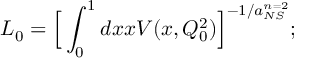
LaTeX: L _ { 0 } = { \Bigl [ } \int _ { 0 } ^ { 1 } d x x V ( x , Q _ { 0 } ^ { 2 } ) { \Bigl ] } ^ { - 1 / a _ { N S } ^ { n = 2 } } ;